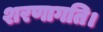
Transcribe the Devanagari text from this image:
शरणागति।